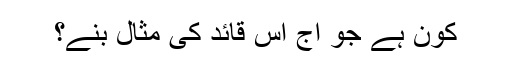
کون ہے جو آج اس قائد کی مثال بنے؟